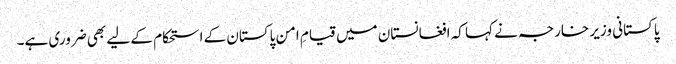
پاکستانی وزیر خارجہ نے کہا کہ افغانستان میں قیامِ امن پاکستان کے استحکام کے لیے بھی ضروری ہے۔